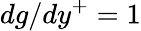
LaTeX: dg/dy^{+}=1